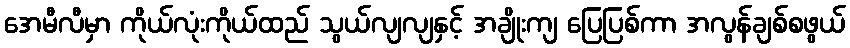
အေမီလီမှာ ကိုယ်လုံးကိုယ်ထည် သွယ်လျလျနှင့် အချိုးကျ ပြေပြစ်ကာ အလွန်ချစ်စဖွယ်